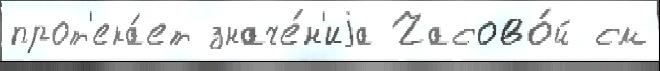
прот'ека́ет значе́н'иjа Часово́й см